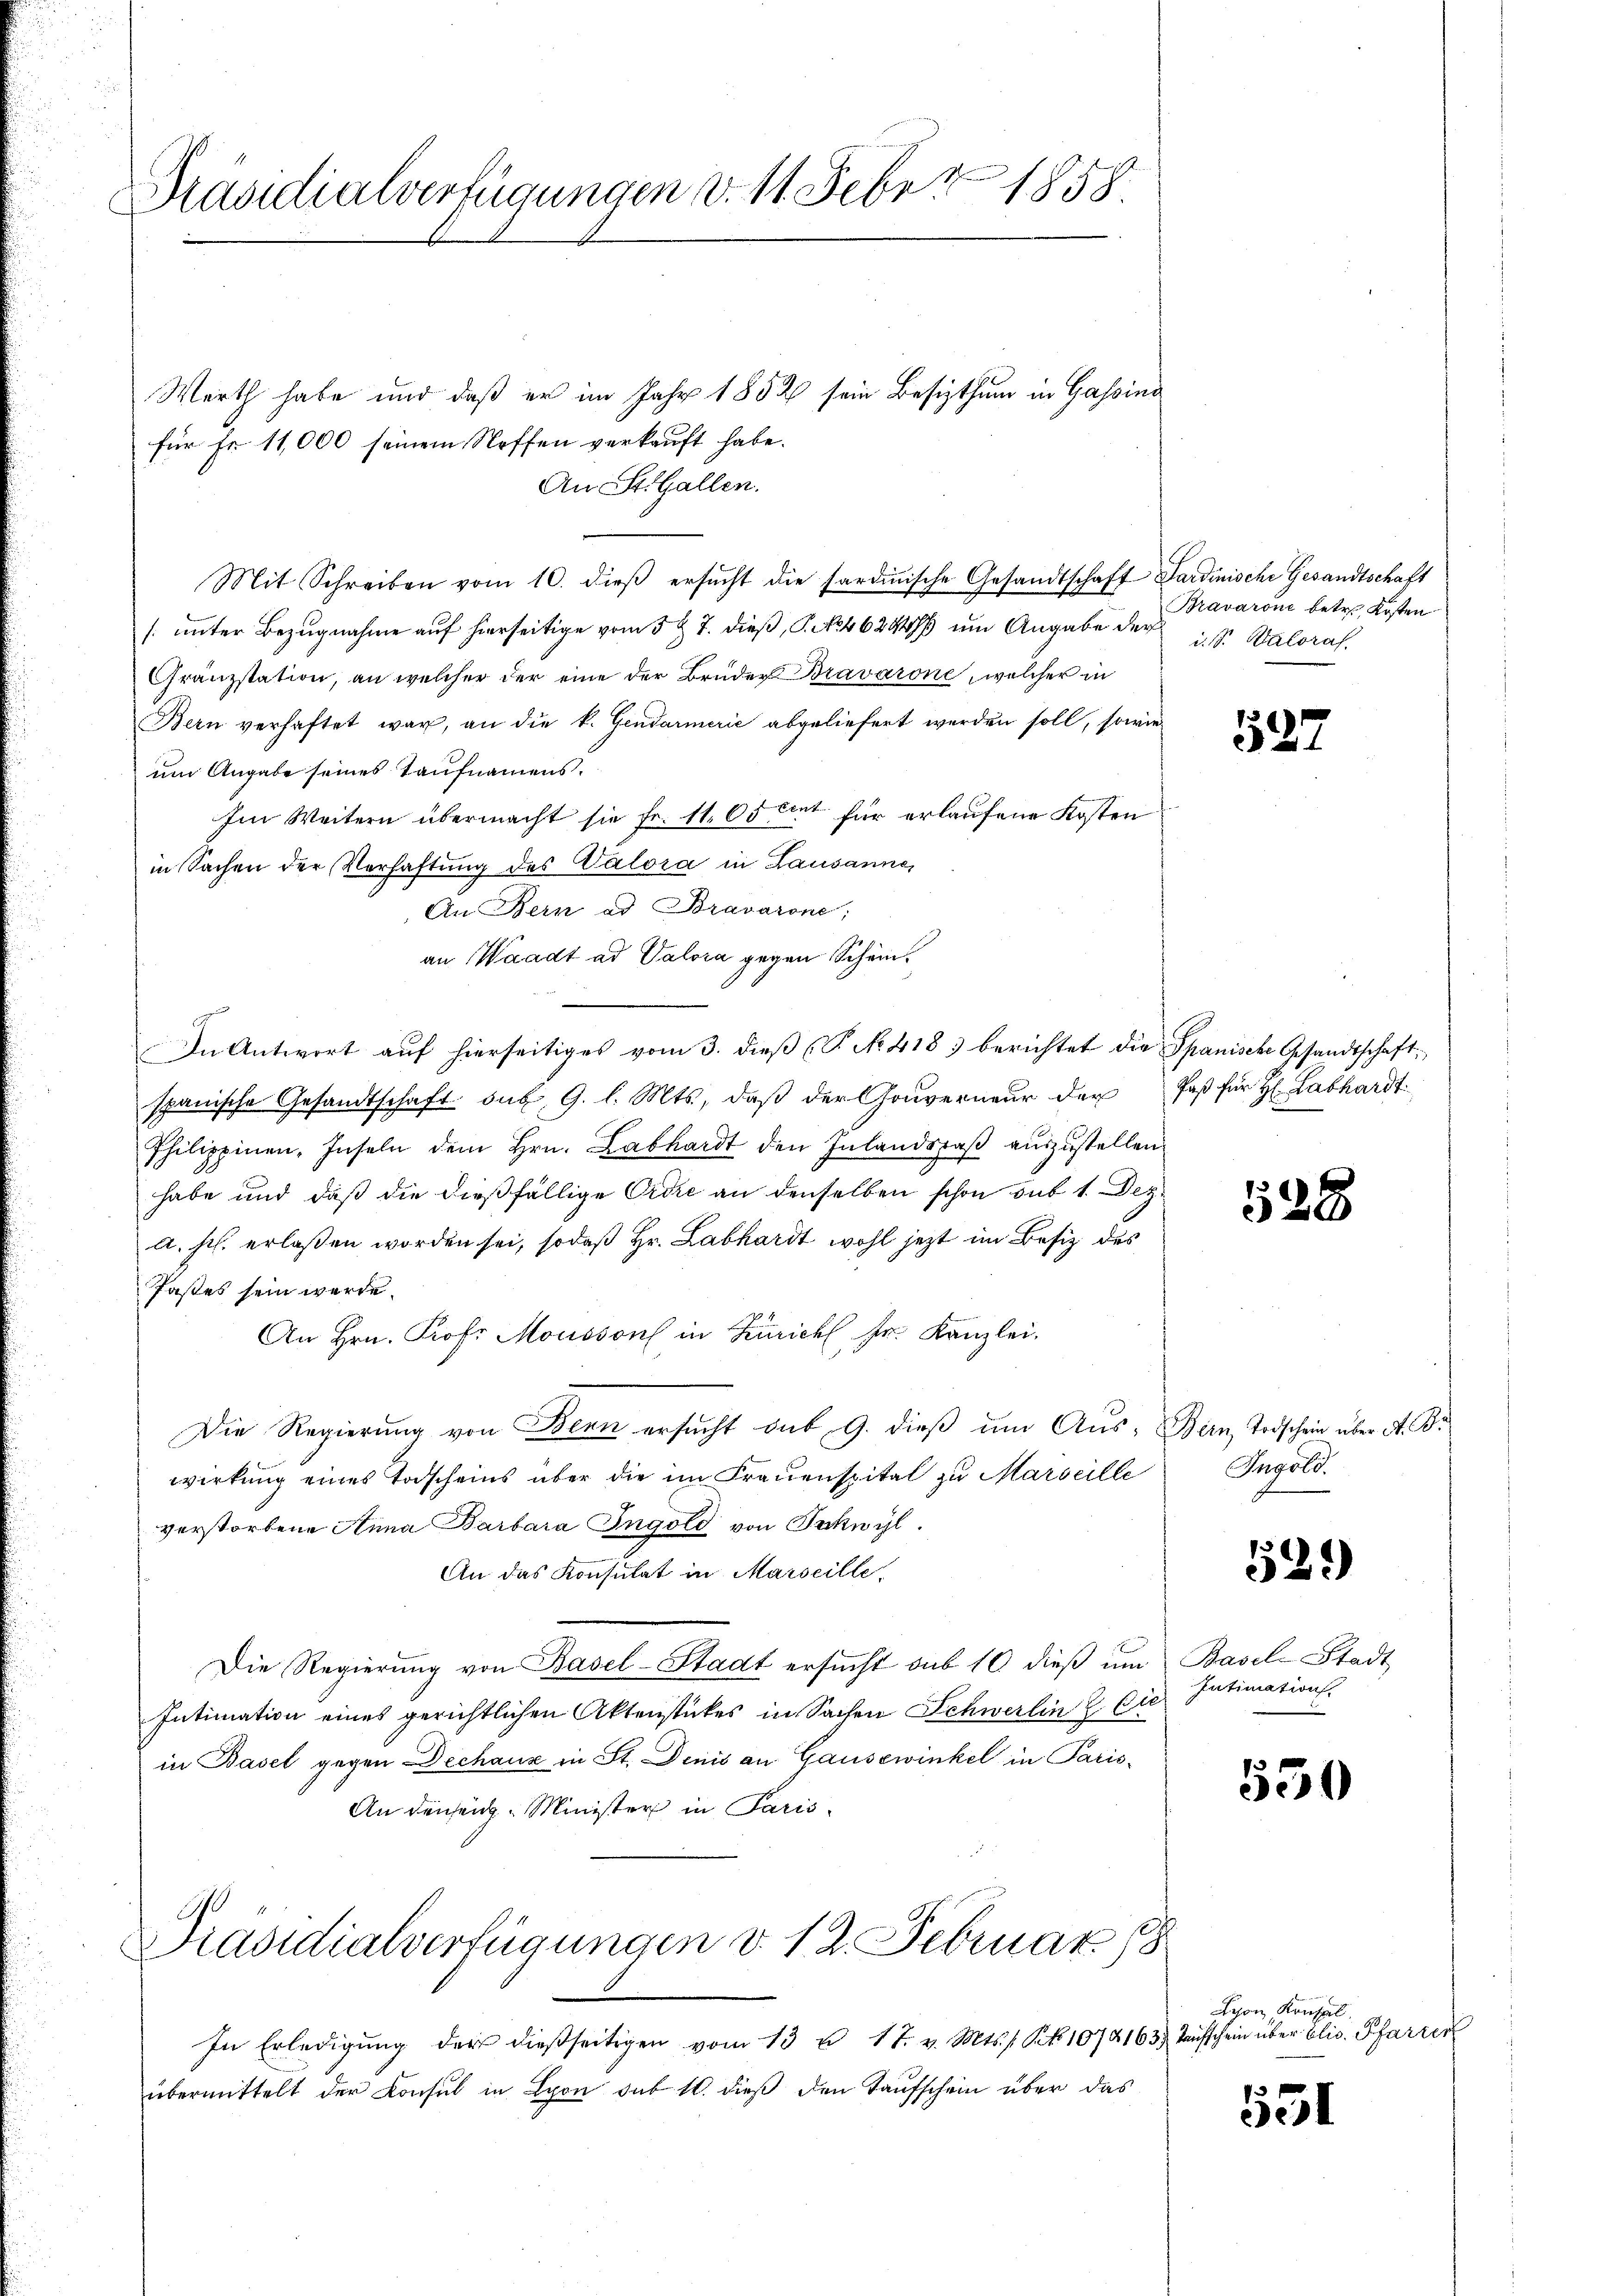
Präsidialverfügungen v. 11. Feber 1858.

Werth habe und daß er im Jahr 1852 sein Besizthum in Gassina
für Fr. 11,000 seinem Neffen verkauft habe.
An St. Gallen.
Mit Schreiben vom 10. dieβ ersŭcht die sardinische Gesandtschaft Sardinische Gesandtschaft
sunter Bezugnahme auf hierseitige vom 5 t 7. dieß, P. Nr. 462 um Angabe der
Gränzstation, an welcher der eine der Brüder Bravarone, welcher in
Bern verhaftet war, an die k. Gendarmerie abgeliefert werden soll, sowie
um Angabe seines Taufnamens.
Im Weitern übermacht sie Fr. 11. 65 cent für erlaufene Kosten
in Sachen der Verhaftung des Valora in Lausanne,
An Bern ad Bravarone,
an Waadt ad Valora gegen Schön.
In Antwort auf hierseitiges vom 3. dieß (P. No. 418. berichtet die Spanische Gesandtschaftspanische Gesandtschaft sub. 9. l. Mts., daß der Gouverneur der Paß für H: Labhardt
Philippinen, Inseln dem Hrn. Labhardt den Inlandspaß auszustellen.
habe und daß die dießfällige Ordre an denselben schon sub 1. Deza. s. erlaßen worden sei, sodaß Hr. Labhardt wohl jezt im Besiz des
Pastes sein werde.
An Hrn. Prof. Mousson in Zürich Fr. Kanzlei.
Die Regierung von Bern ersucht sub 9. dieß um Aus- Bern, Todschein über d. Br
wirkung eines Todscheins über die im Frauenspital zu Marseille
verstorbene Anna Barbara Ingold von Schwyl.
An das Konsulat in Marseille,
Die Regierŭng von Basel-Stadt ersŭcht sub 10 dieβ ŭm Basel-Stadt
Intimation eines gerichtlichen Aktenstückes in Sachen Schwerlin 2 Eie
in Basel gegen Dechanz in St. Denis an Gausewinkel in Paris-
An densen. Minister in Paris
.
Präsidialverfügungen v. 12. Februar 18

Bravaroni betr. Kosten
i. Sr. Kaloraf.

In Erledigung der dießseitigen vom 13 u. 17. v. Mts. 1 Pkt. 1072163. Taufschein über blic. Pfarrer
übermittelt der Konsul in Lyon sub 10. dieß den Taufschein über das

527

528

Ingold.

53.

Intimation

150

531

Lyon Konsal